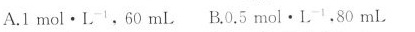
A.1mol · L^{-1}，60mL B.0.5 mol·L^{-1}，80mL